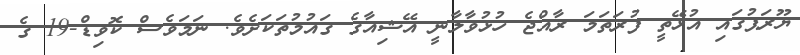
ޔޫރަޕުގައި އުޅޭތީ ފުރަތަމަ ރާއްޖެ ހުޅުވާލާނީ އޭޝިއާގެ ގައުމުތަކަށެވެ. ނަމަވެސް ކޮވިޑް-19 ގެ